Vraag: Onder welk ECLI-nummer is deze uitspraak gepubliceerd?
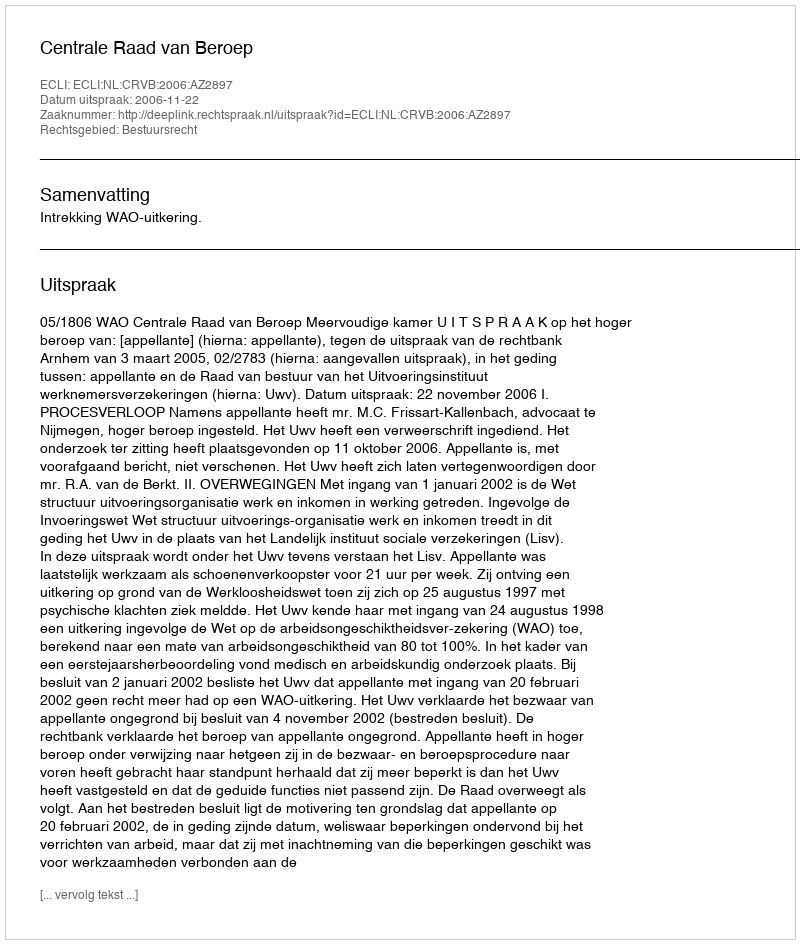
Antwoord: ECLI:NL:CRVB:2006:AZ2897